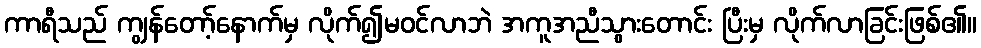
ကာရီသည် ကျွန်တော့်နောက်မှ လိုက်၍မဝင်လာဘဲ အကူအညီသွားတောင်း ပြီးမှ လိုက်လာခြင်းဖြစ်၏။